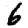
Digit: 6